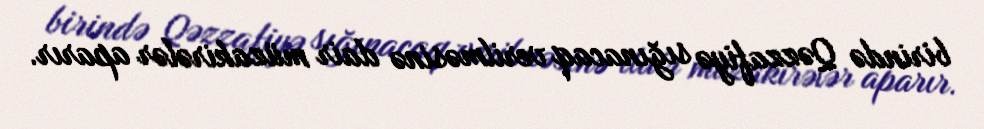
birində Qəzzafiyə sığınacaq verilməsinə dair müzakirələr aparır.